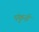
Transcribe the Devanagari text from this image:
पंकुनी